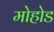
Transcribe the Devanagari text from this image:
मोहोड